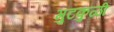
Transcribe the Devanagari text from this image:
मुटकुळी